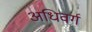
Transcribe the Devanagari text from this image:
अधिवर्ग